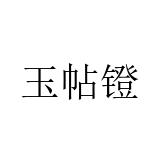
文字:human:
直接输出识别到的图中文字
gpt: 玉帖镫